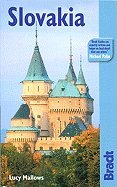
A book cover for Bradt Travel Guide Slovakia [PB,2007]; Travel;